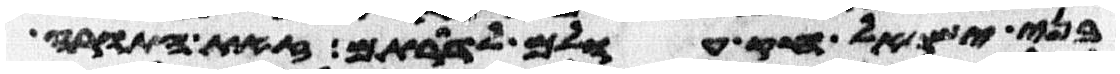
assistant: בני ישראל חק עולם לדרותם זאת התורה